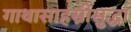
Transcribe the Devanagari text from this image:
गाथासाहस्रीसुद्धा